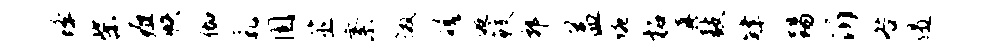
蜂柴疽帙伽乳圉筮紊徼磋逅鲛郭益琬柘真鼓肄踢沂咎遏